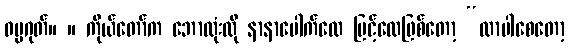
ဓမ္မဂုတ်။ ။ ကိုယ်တော်က ဘောလုံးလို နာနာပေါက်လေ မြင့်လေဖြစ်တော့ “လာပါစေတော့